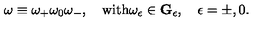
\omega \equiv \omega _ { + } \omega _ { 0 } \omega _ { - } , \quad \mathrm { w i t h } \omega _ { \epsilon } \in { \bf G } _ { \epsilon } , \quad \epsilon = \pm , 0 .